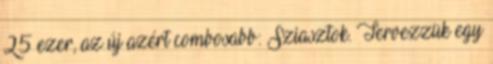
25 ezer, az új azért combosabb: Sziasztok. Tervezzük egy